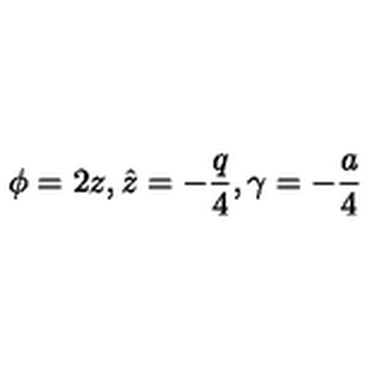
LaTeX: \phi = 2 z , \hat { z } = - \frac { q } { 4 } , \gamma = - \frac { a } { 4 }